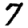
Digit: 7